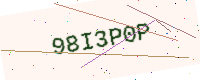
Text: 98I3P0P